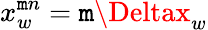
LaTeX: x_{w}^{\mathtt{m}n}=\mathtt{m}\Deltax_{w}